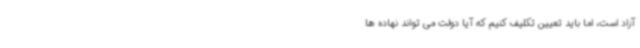
آزاد است، اما باید تعیین تکلیف کنیم که آیا دولت می تواند نهاده ها